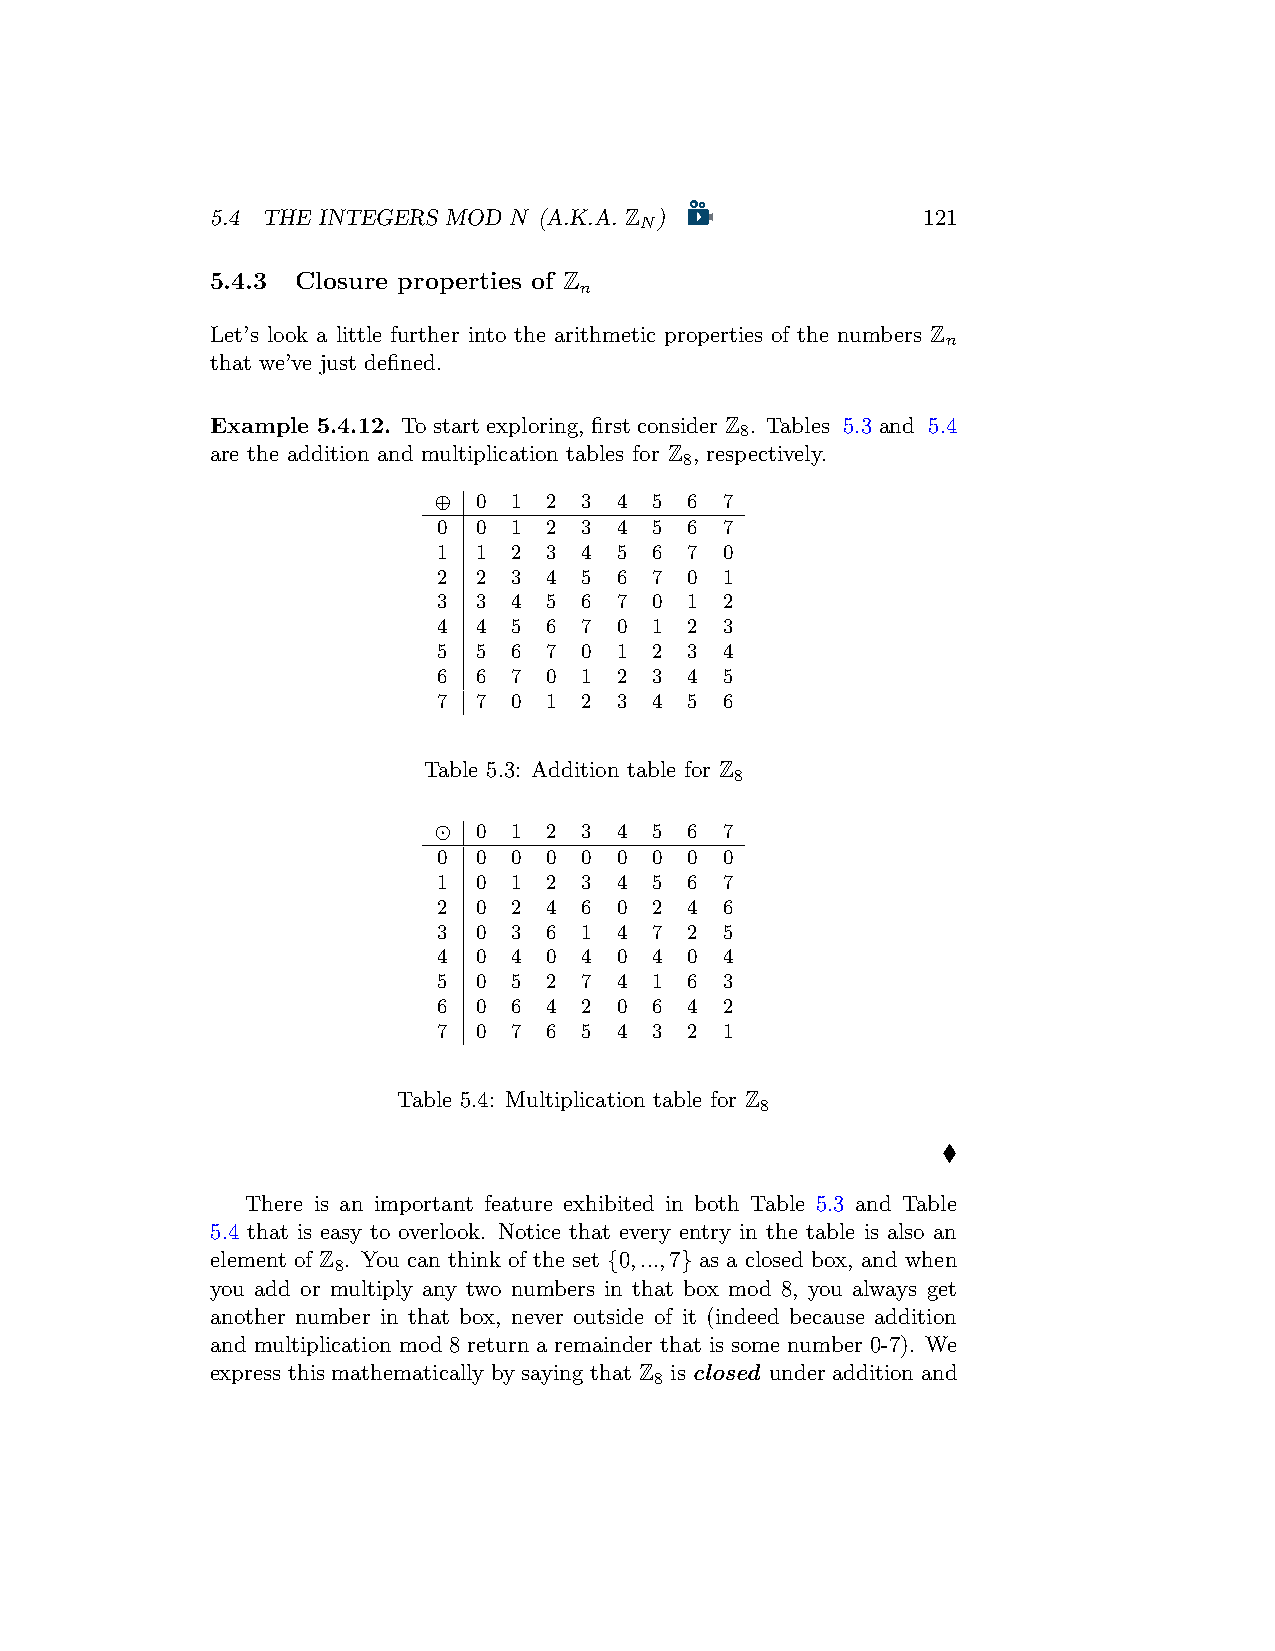
5.4 THE INTEGERS MOD N (A.K.A. Z )             121
 N
 5.4.3 Closure properties of Z
 n
 Let’s look a little further into the arithmetic properties of the numbers Z
 n
 that we’ve just defined.
 Example 5.4.12. To start exploring, first consider Z . Tables 5.3 and 5.4
 8
 are the addition and multiplication tables for Z , respectively.
 8
 ⊕ 0  1 2 3  4 5  6 7
 0 0  1 2 3  4 5  6 7
 1 1  2 3 4  5 6  7 0
 2 2  3 4 5  6 7  0 1
 3 3  4 5 6  7 0  1 2
 4 4  5 6 7  0 1  2 3
 5 5  6 7 0  1 2  3 4
 6 6  7 0 1  2 3  4 5
 7 7  0 1 2  3 4  5 6
 Table 5.3: Addition table for Z
 8
 ⊙ 0  1 2 3  4 5  6 7
 0 0  0 0 0  0 0  0 0
 1 0  1 2 3  4 5  6 7
 2 0  2 4 6  0 2  4 6
 3 0  3 6 1  4 7  2 5
 4 0  4 0 4  0 4  0 4
 5 0  5 2 7  4 1  6 3
 6 0  6 4 2  0 6  4 2
 7 0  7 6 5  4 3  2 1
 Table 5.4: Multiplication table for Z
 8
 ♦
 There is an important feature exhibited in both Table 5.3 and Table
 5.4 that is easy to overlook. Notice that every entry in the table is also an
 element of Z . You can think of the set {0,...,7} as a closed box, and when
 8
 you add or multiply any two numbers in that box mod 8, you always get
 another number in that box, never outside of it (indeed because addition
 and multiplication mod 8 return a remainder that is some number 0-7). We
 express this mathematically by saying that Z is closed under addition and
 8